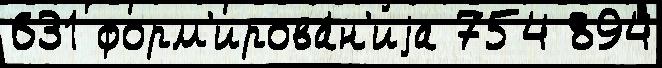
631 форм'ирова́н'иjа 754 894